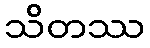
သိတဿ